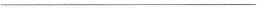
___